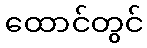
ထောင်တွင်